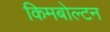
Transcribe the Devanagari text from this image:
किमबोल्टन